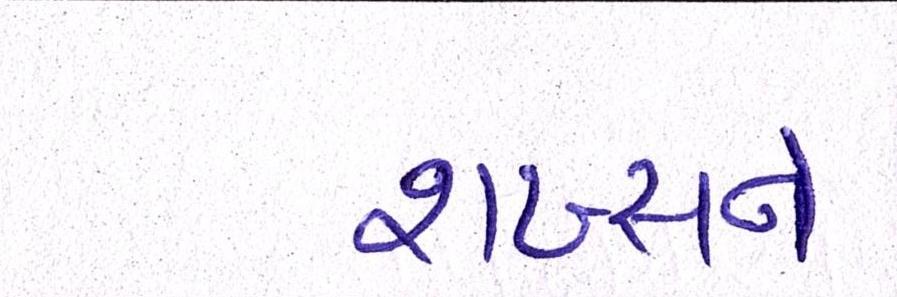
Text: શખ્સને